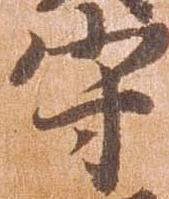
守